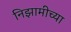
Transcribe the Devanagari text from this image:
निझामीच्या